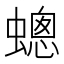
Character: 蟌